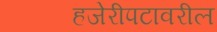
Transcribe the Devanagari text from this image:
हजेरीपटावरील